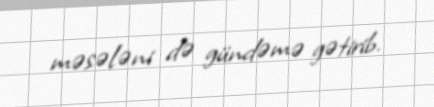
məsələni də gündəmə gətirib.